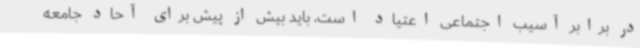
در برابر آسیب اجتماعی اعتیاد است، باید بیش از پیش برای آحاد جامعه